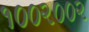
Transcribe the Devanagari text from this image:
१००२००२